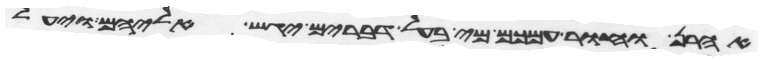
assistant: אהרן וחור עמכם מי בעל דברים יגש אליהם ויעל